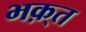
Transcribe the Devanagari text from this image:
भक़्त